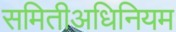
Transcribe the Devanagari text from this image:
समितीअधिनियम